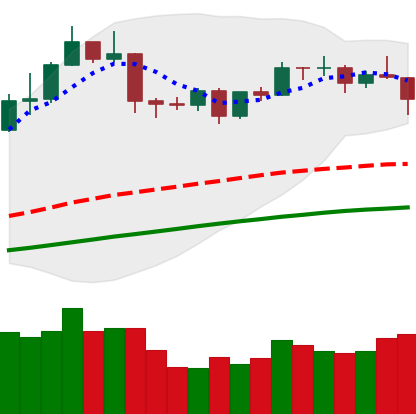
Ticker: ETH-USD
Chart end date: 2019-04-24
Forward return: -6.407%
Label: down_5_7